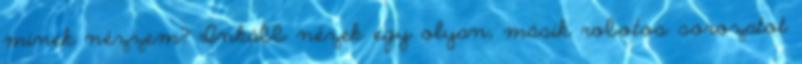
minek nézzem? Inkább nézek egy olyan, másik robotos sorozatot